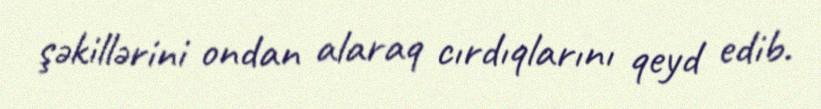
şəkillərini ondan alaraq cırdıqlarını qeyd edib.